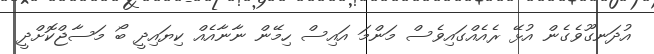
އުދަނގޫވެގެން އުޅޭ ރެއެއްގައިވެސް މަންމަ އައިސް ހިމޭން ނާނާއެއް ކިޔައިދީ ބޯ މަސާޖްކޮށްދީ